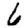
Digit: 6